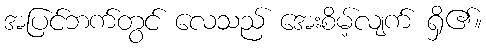
အပြင်ဘက်တွင် လေသည် အေးစိမ့်လျက် ရှိ၏။